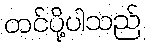
တင်ပို့ပါသည်